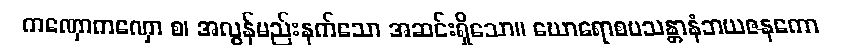
ကဏှောကဏှော စ၊ အလွန်မည်းနက်သော အဆင်းရှိသော။ ဃောရောစပသန္တာနံဘယဇနကော